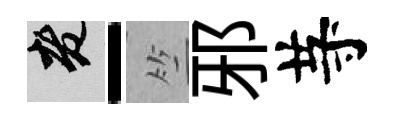
老-竺邪䒭